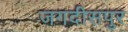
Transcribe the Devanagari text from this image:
जगदीसपुर